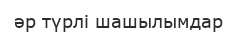
әр түрлі шашылымдар